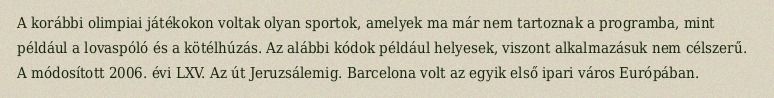
A korábbi olimpiai játékokon voltak olyan sportok, amelyek ma már nem tartoznak a programba, mint például a lovaspóló és a kötélhúzás. Az alábbi kódok például helyesek, viszont alkalmazásuk nem célszerű. A módosított 2006. évi LXV. Az út Jeruzsálemig. Barcelona volt az egyik első ipari város Európában.